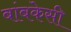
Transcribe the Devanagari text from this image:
बांबकेसी